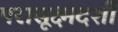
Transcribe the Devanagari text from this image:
परासूक्ष्मदर्शी